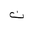
Letter: _non